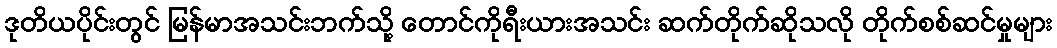
ဒုတိယပိုင်းတွင် မြန်မာအသင်းဘက်သို့ တောင်ကိုရီးယားအသင်း ဆက်တိုက်ဆိုသလို တိုက်စစ်ဆင်မှုများ